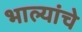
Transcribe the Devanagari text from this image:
भाल्यांचे